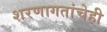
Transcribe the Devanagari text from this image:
शरणागतांचेही